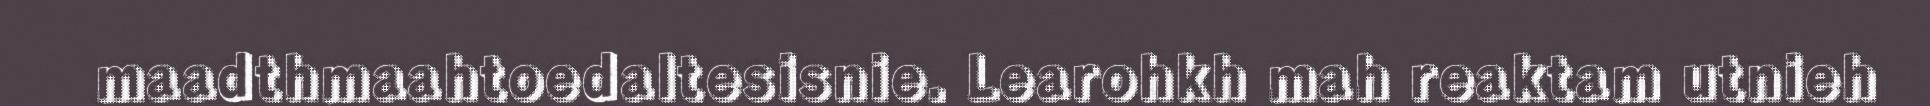
maadthmaahtoedaltesisnie. Learohkh mah reaktam utnieh